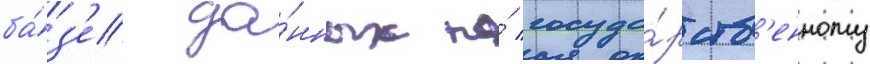
ба́з'е да́нных по́ госуда́рств'енному